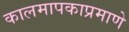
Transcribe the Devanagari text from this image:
कालमापकाप्रमाणे